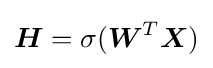
{\boldsymbol {H}}=\sigma ({\boldsymbol {W}}^{T}{\boldsymbol {X}})